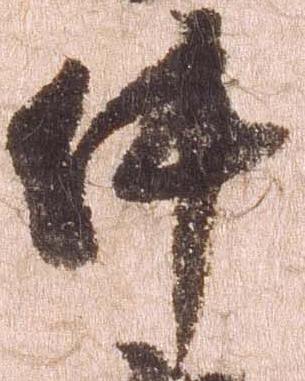
件